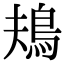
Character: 鳺